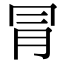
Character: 冐